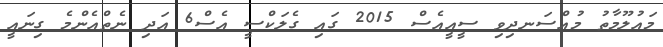
މައުލޫމާތު މުއްސަނދިވި ސީއީއެސް 2015 ގައި ގެލަކްސީ އެސް6 އަދި ނެތްއެންމެ ގިނައީ